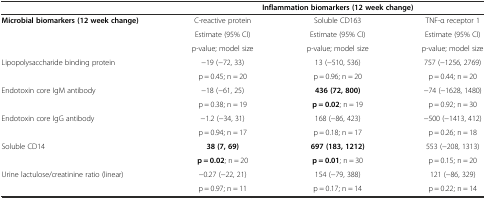
<table><thead><tr><td></td><td colspan="3"><b>Inflammation biomarkers (12 week change)</b></td></tr></thead><tbody><tr><td rowspan="3"><b>Microbial biomarkers (12 week change)</b></td><td>C-reactive protein</td><td>Soluble CD163</td><td>TNF-α receptor 1</td></tr><tr><td>Estimate (95% CI)</td><td>Estimate (95% CI)</td><td>Estimate (95% CI)</td></tr><tr><td>p-value; model size</td><td>p-value; model size</td><td>p-value; model size</td></tr><tr><td rowspan="2">Lipopolysaccharide binding protein</td><td>−19 (−72, 33)</td><td>13 (−510, 536)</td><td>757 (−1256, 2769)</td></tr><tr><td>p = 0.45; n = 20</td><td>p = 0.96; n = 20</td><td>p = 0.44; n = 20</td></tr><tr><td rowspan="2">Endotoxin core IgM antibody</td><td>−18 (−61, 25)</td><td><b>436 (72, 800)</b></td><td>−74 (−1628, 1480)</td></tr><tr><td>p = 0.38; n = 19</td><td><b>p = 0.02</b>; n = 19</td><td>p = 0.92; n = 30</td></tr><tr><td rowspan="2">Endotoxin core IgG antibody</td><td>−1.2 (−34, 31)</td><td>168 (−86, 423)</td><td>−500 (−1413, 412)</td></tr><tr><td>p = 0.94; n = 17</td><td>p = 0.18; n = 17</td><td>p = 0.26; n = 18</td></tr><tr><td rowspan="2">Soluble CD14</td><td><b>38 (7, 69)</b></td><td><b>697 (183, 1212)</b></td><td>553 (−208, 1313)</td></tr><tr><td><b>p = 0.02</b>; n = 20</td><td><b>p = 0.01</b>; n = 30</td><td>p = 0.15; n = 20</td></tr><tr><td rowspan="2">Urine lactulose/creatinine ratio (linear)</td><td>−0.27 (−22, 21)</td><td>154 (−79, 388)</td><td>121 (−86, 329)</td></tr><tr><td>p = 0.97; n = 11</td><td>p = 0.17; n = 14</td><td>p = 0.22; n = 14</td></tr></tbody></table>